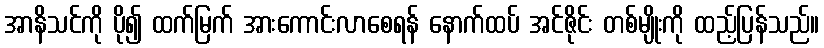
အာနိသင်ကို ပို၍ ထက်မြက် အားကောင်းလာစေရန် နောက်ထပ် အင်ဇိုင်း တစ်မျိုးကို ထည့်ပြန်သည်။